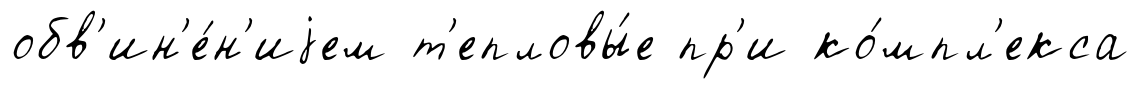
обв'ин'е́н'иjем т'епловы́е пр'и ко́мпл'екса